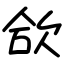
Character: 欱